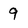
Character: 9